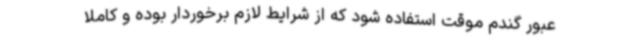
عبور گندم موقت استفاده شود که از شرایط لازم برخوردار بوده و کاملا